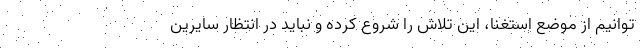
توانيم از موضع استغنا، اين تلاش را شروع كرده و نبايد در انتظار سايرين